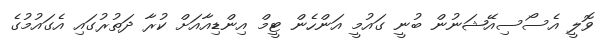
ވޮލީ އެސޯސިއޭޝަނުން ބުނީ ގައުމީ އަންހެން ޓީމް އިންޑިއާއަށް ކުރާ ދަތުރުގައި އެގައުމުގެ